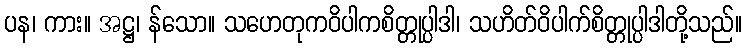
ပန၊ ကား။ အဋ္ဌ၊ န်သော။ သဟေတုကဝိပါကစိတ္တုပ္ပါဒါ၊ သဟိတ်ဝိပါက်စိတ္တုပ္ပါဒါတို့သည်။